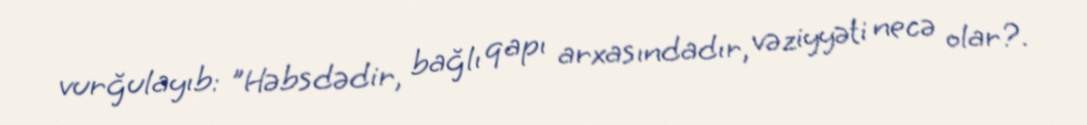
vurğulayıb: "Həbsdədir, bağlı qapı arxasındadır, vəziyyəti necə olar?.